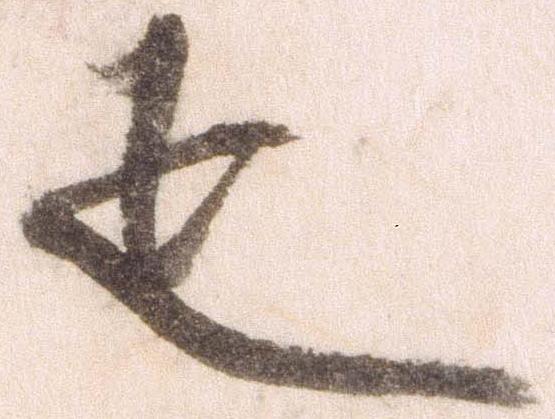
疋